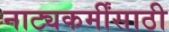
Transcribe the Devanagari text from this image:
नाट्यकर्मींसाठी